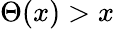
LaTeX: \Theta(x)>x